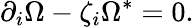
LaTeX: \partial_{i}\Omega-\zeta_{{i}}\Omega^{\ast}=0.